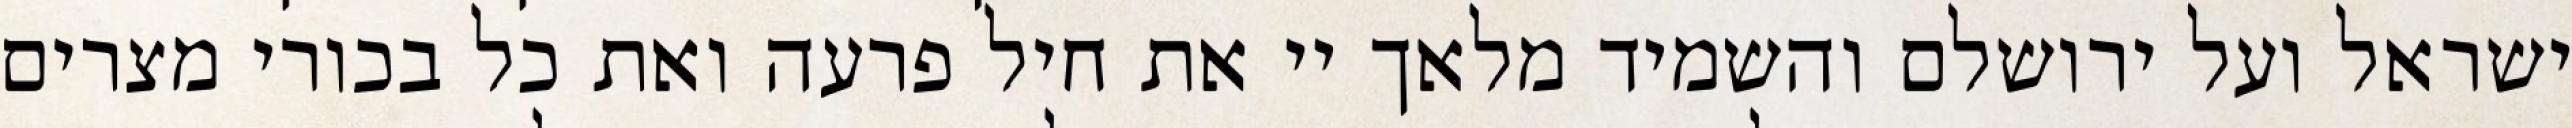
ישראל ועל ירושלם והשמיד מלאך יי את חיל פרעה ואת כל בכורי מצרים